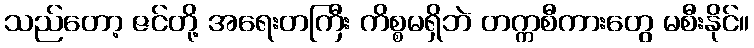
သည်တော့ ဇင်တို့ အရေးတကြီး ကိစ္စမရှိဘဲ တက္ကစီကားတွေ မစီးနိုင်။